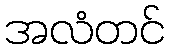
အလံတင်